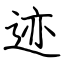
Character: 迹